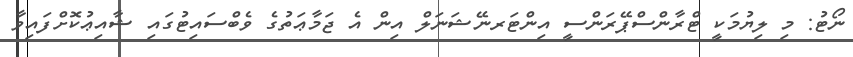
ނޯޓު: މި ލިޔުމަކީ ޓްރާންސްޕޭރަންސީ އިންޓަރނޭޝަނަލް އިން އެ ޖަމާޢަތުގެ ވެބްސައިޓުގައި ޝާއިޢުކޮށްފައިވާ